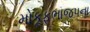
મોકૂફભાજપના